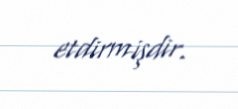
etdirmişdir.